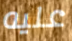
عليه